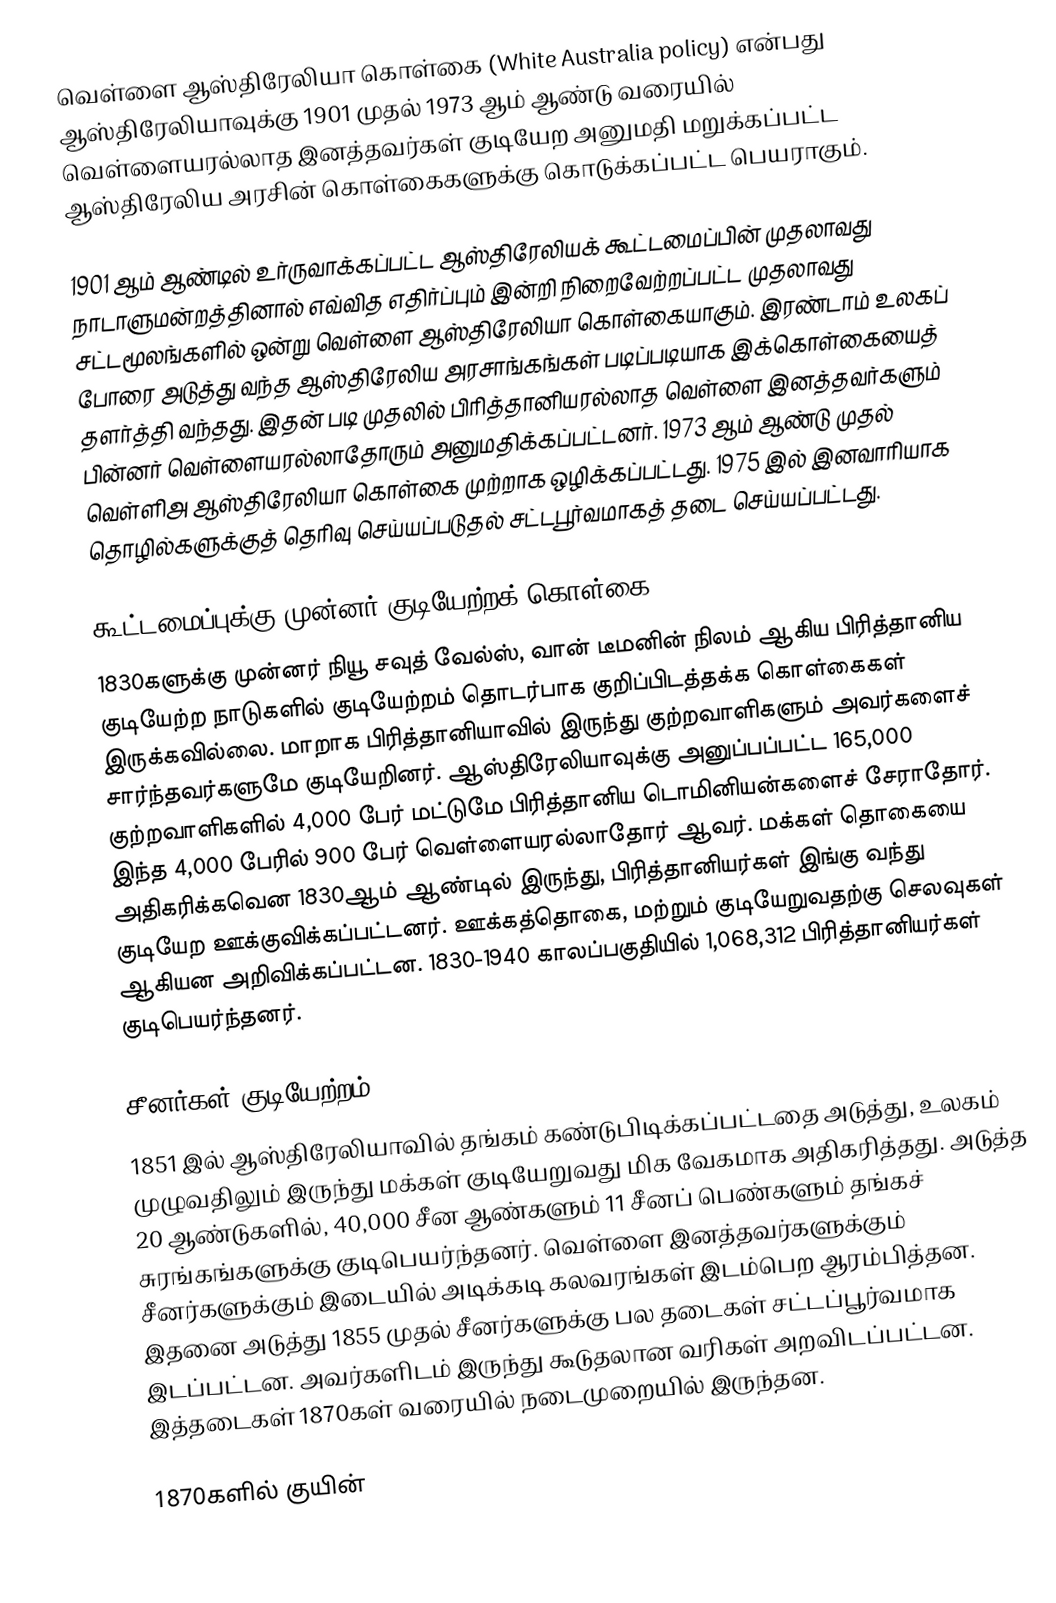
வெள்ளை ஆஸ்திரேலியா கொள்கை (White Australia policy) என்பது ஆஸ்திரேலியாவுக்கு 1901 முதல் 1973 ஆம் ஆண்டு வரையில் வெள்ளையரல்லாத இனத்தவர்கள் குடியேற அனுமதி மறுக்கப்பட்ட ஆஸ்திரேலிய அரசின் கொள்கைகளுக்கு கொடுக்கப்பட்ட பெயராகும்.

1901 ஆம் ஆண்டில் உர்ருவாக்கப்பட்ட ஆஸ்திரேலியக் கூட்டமைப்பின் முதலாவது நாடாளுமன்றத்தினால் எவ்வித எதிர்ப்பும் இன்றி நிறைவேற்றப்பட்ட முதலாவது சட்டமூலங்களில் ஒன்று வெள்ளை ஆஸ்திரேலியா கொள்கையாகும். இரண்டாம் உலகப் போரை அடுத்து வந்த ஆஸ்திரேலிய அரசாங்கங்கள் படிப்படியாக இக்கொள்கையைத் தளர்த்தி வந்தது. இதன் படி முதலில் பிரித்தானியரல்லாத வெள்ளை இனத்தவர்களும் பின்னர் வெள்ளையரல்லாதோரும் அனுமதிக்கப்பட்டனர். 1973 ஆம் ஆண்டு முதல் வெள்ளிஅ ஆஸ்திரேலியா கொள்கை முற்றாக ஒழிக்கப்பட்டது. 1975 இல் இனவாரியாக தொழில்களுக்குத் தெரிவு செய்யப்படுதல் சட்டபூர்வமாகத் தடை செய்யப்பட்டது.

கூட்டமைப்புக்கு முன்னர் குடியேற்றக் கொள்கை
1830களுக்கு முன்னர் நியூ சவுத் வேல்ஸ், வான் டீமனின் நிலம் ஆகிய பிரித்தானிய குடியேற்ற நாடுகளில் குடியேற்றம் தொடர்பாக குறிப்பிடத்தக்க கொள்கைகள் இருக்கவில்லை. மாறாக பிரித்தானியாவில் இருந்து குற்றவாளிகளும் அவர்களைச் சார்ந்தவர்களுமே குடியேறினர். ஆஸ்திரேலியாவுக்கு அனுப்பப்பட்ட 165,000 குற்றவாளிகளில் 4,000 பேர் மட்டுமே பிரித்தானிய டொமினியன்களைச் சேராதோர். இந்த 4,000 பேரில் 900 பேர் வெள்ளையரல்லாதோர் ஆவர். மக்கள் தொகையை அதிகரிக்கவென 1830ஆம் ஆண்டில் இருந்து, பிரித்தானியர்கள் இங்கு வந்து குடியேற ஊக்குவிக்கப்பட்டனர். ஊக்கத்தொகை, மற்றும் குடியேறுவதற்கு செலவுகள் ஆகியன அறிவிக்கப்பட்டன. 1830-1940 காலப்பகுதியில் 1,068,312 பிரித்தானியர்கள் குடிபெயர்ந்தனர்.

சீனர்கள் குடியேற்றம்
1851 இல் ஆஸ்திரேலியாவில் தங்கம் கண்டுபிடிக்கப்பட்டதை அடுத்து, உலகம் முழுவதிலும் இருந்து மக்கள் குடியேறுவது மிக வேகமாக அதிகரித்தது. அடுத்த 20 ஆண்டுகளில், 40,000 சீன ஆண்களும் 11 சீனப் பெண்களும் தங்கச் சுரங்கங்களுக்கு குடிபெயர்ந்தனர். வெள்ளை இனத்தவர்களுக்கும் சீனர்களுக்கும் இடையில் அடிக்கடி கலவரங்கள் இடம்பெற ஆரம்பித்தன. இதனை அடுத்து 1855 முதல் சீனர்களுக்கு பல தடைகள் சட்டப்பூர்வமாக இடப்பட்டன. அவர்களிடம் இருந்து கூடுதலான வரிகள் அறவிடப்பட்டன. இத்தடைகள் 1870கள் வரையில் நடைமுறையில் இருந்தன.

1870களில் குயின்